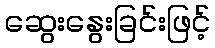
ဆွေးနွေးခြင်းဖြင့်